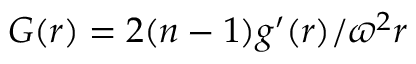
G ( r ) = 2 ( n - 1 ) g ^ { \prime } ( r ) / \varpi ^ { 2 } r